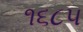
૧૬૮૫